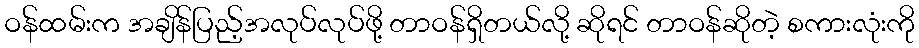
ဝန်ထမ်းက အချိန်ပြည့်အလုပ်လုပ်ဖို့ တာဝန်ရှိတယ်လို့ ဆိုရင် တာဝန်ဆိုတဲ့ စကားလုံးကို